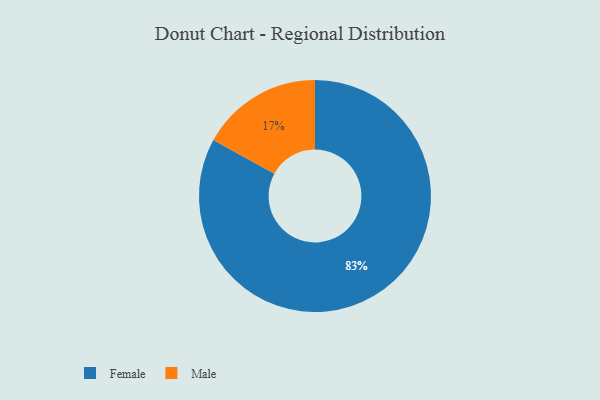
{"axis": {"x": "Category", "y": "Percentage"}, "legend": ["Female", "Male"], "data": [{"x": "Male", "y": 17, "type": "Male"}, {"x": "Female", "y": 83, "type": "Female"}]}